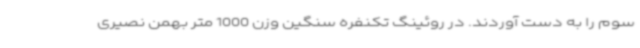
سوم را به دست آوردند. در روئینگ تکنفره سنگین وزن 1000 متر بهمن نصیری